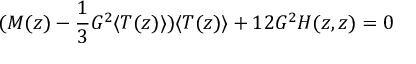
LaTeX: ( M ( z ) - \frac { 1 } { 3 } G ^ { 2 } \langle T ( z ) \rangle ) \langle T ( z ) \rangle + 1 2 G ^ { 2 } H ( z , z ) = 0